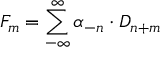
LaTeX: F _ { m } = \sum _ { - \infty } ^ { \infty } \alpha _ { - n } \cdot D _ { n + m }